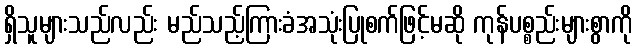
ရှိသူများသည်လည်း မည်သည့်ကြားခံအသုံးပြုစက်ဖြင့်မဆို ကုန်ပစ္စည်းများစွာကို